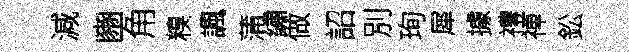
減豳角糗諷蒲繡做詔別珣犀據禮禅鈆